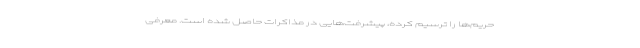
حریم‌ها را ترسیم کرده، پیشرفت‌هایی در مذاکرات حاصل شده است. معرفی